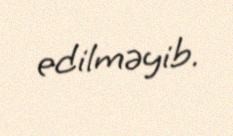
edilməyib.